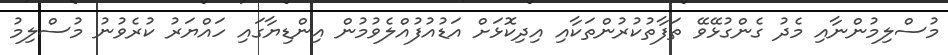
މުސްލިމުންނާއި މެދު ގެންގުޅޭވޭ ތަފާތުކުރުންތަކާއި އިދިކޮޅަށް އަޑުއުފުއްލެވުމުން އިންޑިޔާގައި ހައްޔަރު ކުރެވުނު މުސްލިމު